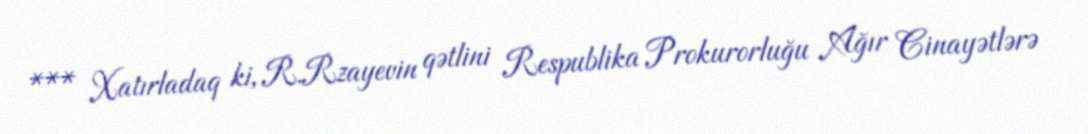
*** Xatırladaq ki, R.Rzayevin qətlini Respublika Prokurorluğu Ağır Cinayətlərə